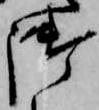
御